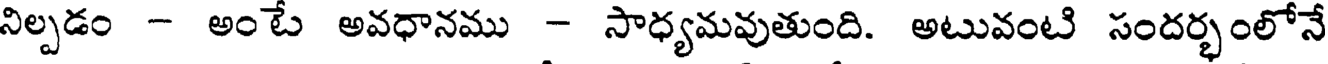
నిల్పడం - అంటే అవధానము - సాధ్యమవుతుంది. అటువంటి సందర్భంలోనే